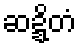
ဆဍ္ဍိတံ